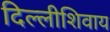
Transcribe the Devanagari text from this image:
दिल्लीशिवाय